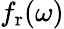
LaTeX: f_{\mathrm{r}}(\omega)